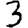
Digit: 3